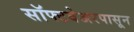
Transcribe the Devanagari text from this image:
सॉफ्टवेअरपासून